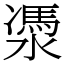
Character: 㵗